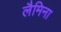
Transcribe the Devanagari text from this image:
लैमिना